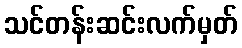
သင်တန်းဆင်းလက်မှတ်